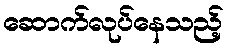
ဆောက်လုပ်နေသည့်